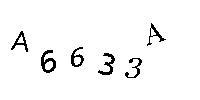
A6633A